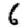
Digit: 6